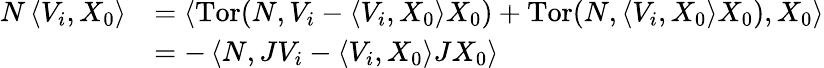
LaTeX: \begin{array}{rl}{N\left\langle V_{i},X_{0}\right\rangle}&{=\left\langle\mathrm{Tor}(N,V_{i}-\langle V_{i},X_{0}\rangle X_{0})+\mathrm{Tor}(N,\langle V_{i},X_{0}\rangle X_{0}),X_{0}\right\rangle}\\ &{=-\left\langle N,JV_{i}-\langle V_{i},X_{0}\rangle JX_{0}\right\rangle}\end{array}